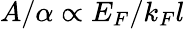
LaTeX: A/\alpha\propto E_{F}/k_{F}l